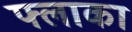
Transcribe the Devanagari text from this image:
फ्लाका